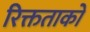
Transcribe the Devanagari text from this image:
रिक्तताको